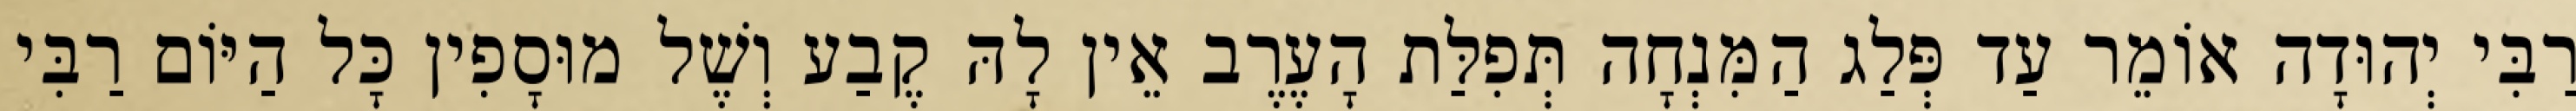
רַבִּי יְהוּדָה אוֹמֵר עַד פְּלַג הַמִּנְחָה תְּפִלַּת הָעֶרֶב אֵין לָהּ קֶבַע וְשֶׁל מוּסָפִין כָּל הַיּוֹם רַבִּי